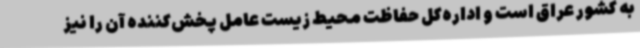
به کشور عراق است و اداره‌کل حفاظت محیط زیست عامل پخش‌کننده آن را نیز